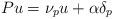
LaTeX: \begin{align*}Pu=\nu _{p}u+\alpha \delta _{p} \end{align*}